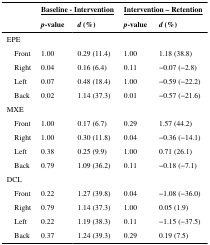
<table><thead><tr><td rowspan="2"></td><td colspan="2"><b>Baseline - Intervention</b></td><td colspan="2"><b>Intervention – Retention</b></td></tr><tr><td><b><i>p</i>-value</b></td><td><b><i>d</i> (%)</b></td><td><b><i>p</i>-value</b></td><td><b><i>d</i> (%)</b></td></tr></thead><tbody><tr><td colspan="5">EPE</td></tr><tr><td> Front</td><td>1.00</td><td>0.29 (11.4)</td><td>1.00</td><td>1.18 (38.8)</td></tr><tr><td> Right</td><td>0.04</td><td>0.16 (6.4)</td><td>0.11</td><td>−0.07 (−2.8)</td></tr><tr><td> Left</td><td>0.07</td><td>0.48 (18.4)</td><td>1.00</td><td>−0.59 (−22.2)</td></tr><tr><td> Back</td><td>0.02</td><td>1.14 (37.3)</td><td>0.01</td><td>−0.57 (−21.6)</td></tr><tr><td colspan="5">MXE</td></tr><tr><td> Front</td><td>1.00</td><td>0.17 (6.7)</td><td>0.29</td><td>1.57 (44.2)</td></tr><tr><td> Right</td><td>1.00</td><td>0.30 (11.8)</td><td>0.04</td><td>−0.36 (−14.1)</td></tr><tr><td> Left</td><td>0.38</td><td>0.25 (9.9)</td><td>1.00</td><td>0.71 (26.1)</td></tr><tr><td> Back</td><td>0.79</td><td>1.09 (36.2)</td><td>0.11</td><td>−0.18 (−7.1)</td></tr><tr><td colspan="5">DCL</td></tr><tr><td> Front</td><td>0.22</td><td>1.27 (39.8)</td><td>0.04</td><td>−1.08 (−36.0)</td></tr><tr><td> Right</td><td>0.79</td><td>1.14 (37.3)</td><td>1.00</td><td>0.05 (1.9)</td></tr><tr><td> Left</td><td>0.22</td><td>1.19 (38.3)</td><td>0.11</td><td>−1.15 (−37.5)</td></tr><tr><td> Back</td><td>0.37</td><td>1.24 (39.3)</td><td>0.29</td><td>0.19 (7.5)</td></tr></tbody></table>